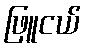
ဖြူငယ်